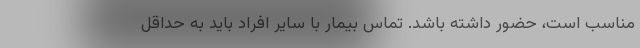
مناسب است، حضور داشته باشد. تماس بیمار با سایر افراد باید به حداقل